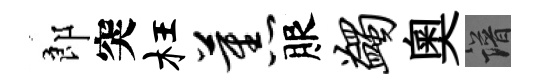
郎突枉蕉服蠲奥譜